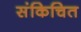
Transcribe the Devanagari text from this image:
संकिचित